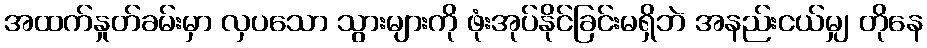
အထက်နှုတ်ခမ်းမှာ လှပသော သွားများကို ဖုံးအုပ်နိုင်ခြင်းမရှိဘဲ အနည်းငယ်မျှ တိုနေ